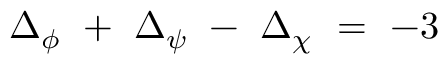
\Delta _ { \phi } ~ + ~ \Delta _ { \psi } ~ - ~ \Delta _ { \chi } ~ = ~ - 3